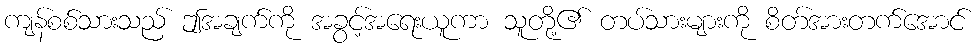
ကျန်စစ်သားသည် ဤအချက်ကို အခွင့်အရေးယူကာ သူတို့၏ တပ်သားများကို စိတ်အားတက်အောင်